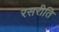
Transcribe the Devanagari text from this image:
रसरीति